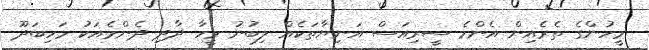
މީހުންގެ ތެރެއިން އެންމެ ސީރިއަސް އަނިޔާތަކެއް ލިބުނު މީހާ ދާދި ދެންމެއަކު މަހިބަދޫ